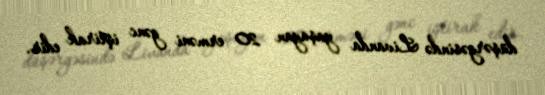
düşərgəsində Livanda yaşayan 20 erməni gənc iştirak edir.